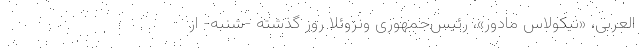
العربی، «نیکولاس مادور»، رئیس‌جمهوری ونزوئلا روز گذشته -شنبه- از